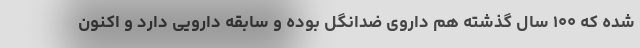
شده که ۱۰۰ سال گذشته هم داروی ضدانگل بوده و سابقه دارویی دارد و اکنون